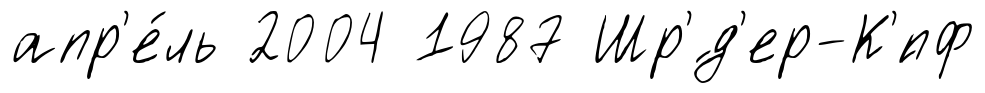
апр'е́ль 2004 1987 Шр'́д'ер-К'́пф